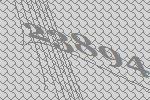
23894